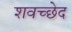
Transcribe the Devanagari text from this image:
शवच्छेद